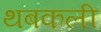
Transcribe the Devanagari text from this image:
थबकली